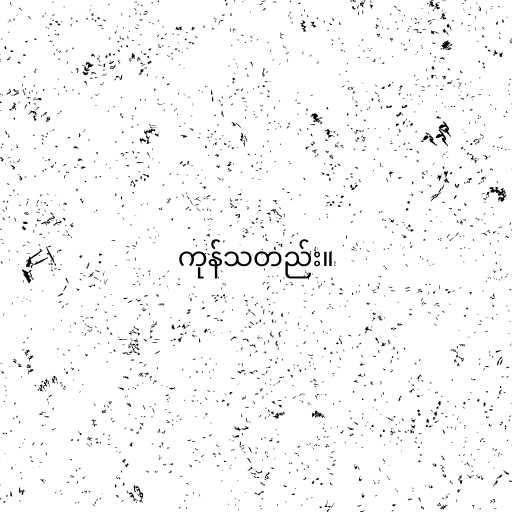
ကုန်သတည်း။